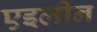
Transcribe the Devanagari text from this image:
एइलीन